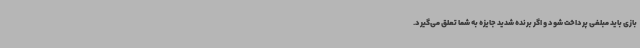
بازی باید مبلغی پرداخت شود و اگر برنده شدید جایزه به شما تعلق می‌گیرد.